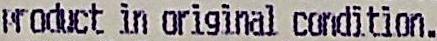
PRODUCT IN ORIGINAL CONDITION.